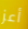
أعز